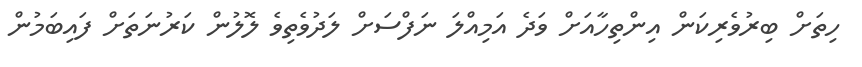
ހިތަށް ބިރުވެރިކަން އިންތިހާއަށް ވަދެ އަމިއްލަ ނަފްސަށް ލަދުވެތިވެ ލޮލުން ކަރުނަތަށް ފައިބަމުން